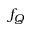
f _ { Q }